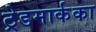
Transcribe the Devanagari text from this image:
ट्रेडमार्कका